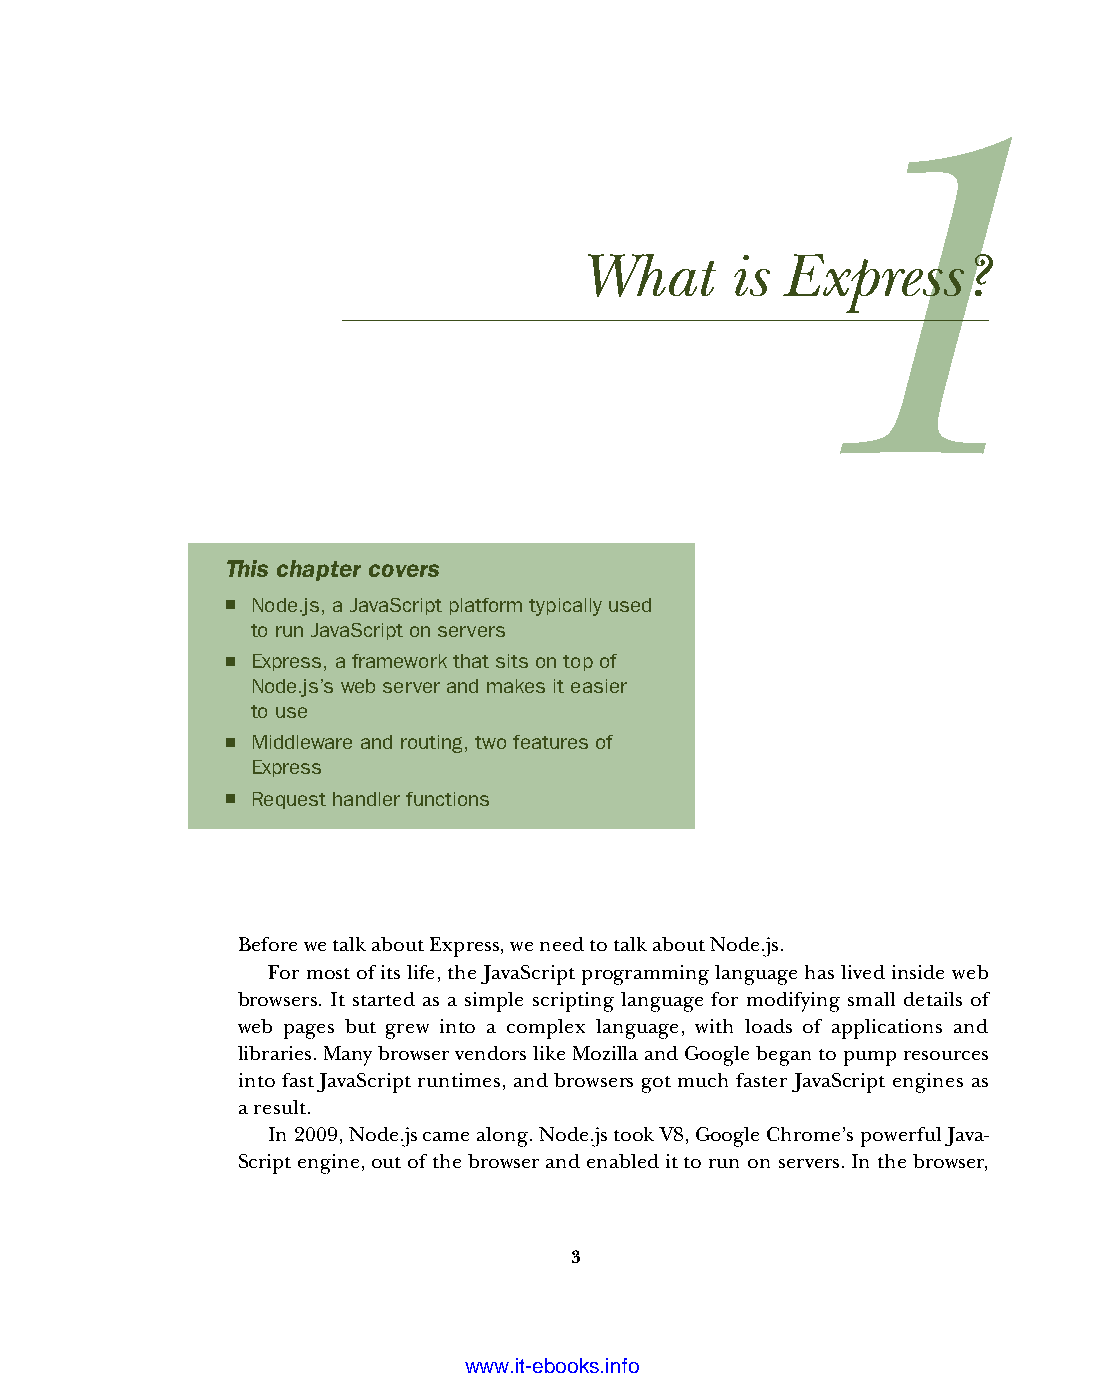
What      is  Express?
 This chapter covers
 ■ Node.js, a JavaScript platform typically used
 to run JavaScript on servers
 ■ Express, a framework that sits on top of
 Node.js’s web server and makes it easier
 to use
 ■ Middleware and routing, two features of
 Express
 ■ Request handler functions
 Before we talk about Express, we need to talk about Node.js.
 For most of its life, the JavaScript programming language has lived inside web
 browsers. It started as a simple scripting language for modifying small details of
 web pages but grew into a complex language, with loads of applications and
 libraries. Many browser vendors like Mozilla and Google began to pump resources
 into fast JavaScript runtimes, and browsers got much faster JavaScript engines as
 aresult.
 In 2009, Node.js came along. Node.js took V8, Google Chrome’s powerful Java-
 Script engine, out of the browser and enabled it to run on servers. In the browser,
 3
 Licensed wtow w <.mit-ielebro.8o8k8s@.ingfomail.com>